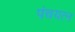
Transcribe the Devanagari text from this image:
पंचयत्न